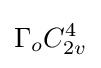
\Gamma _{o}C_{2v}^{4}